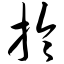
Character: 拎